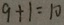
9 + 1 = 1 0